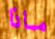
ماذا